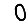
Digit: 0